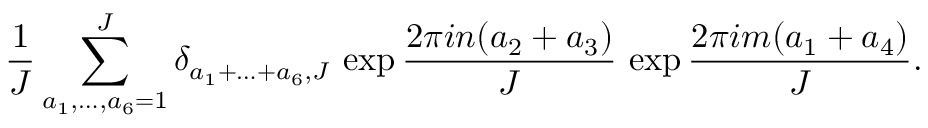
\frac { 1 } { J } \sum _ { a _ { 1 } , \ldots , a _ { 6 } = 1 } ^ { J } \delta _ { a _ { 1 } + \ldots + a _ { 6 } , J } \, \exp \frac { 2 \pi i n ( a _ { 2 } + a _ { 3 } ) } { J } \, \exp \frac { 2 \pi i m ( a _ { 1 } + a _ { 4 } ) } { J } .